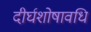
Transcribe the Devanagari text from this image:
दीर्घशोषावधि